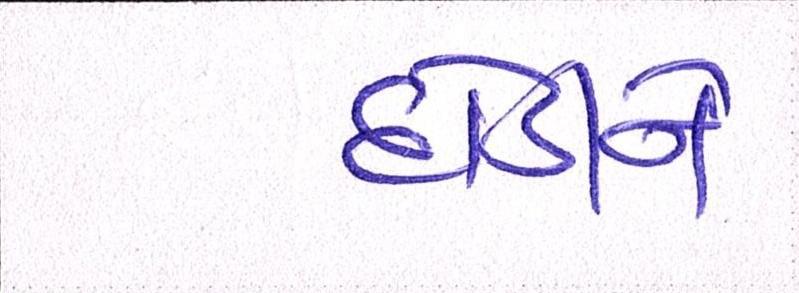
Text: દોડીને